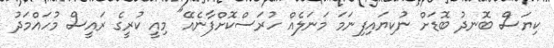
ކިޔަސް ބޮނދު ބޮޑަށް ނުކިޔައިފިނަމަ މަނަލެއް ހުރަސްކޮށްފާނެއޭ" މިއީ ކުރީގެ ރައީސް މުހައްމަދު